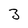
Character: 3